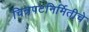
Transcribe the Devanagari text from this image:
चित्रपटनिर्मितीचे